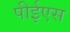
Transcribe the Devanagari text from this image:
पीईएस